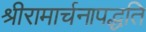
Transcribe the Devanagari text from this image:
श्रीरामार्चनापद्धति